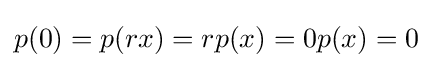
p(0)=p(rx)=rp(x)=0p(x)=0